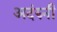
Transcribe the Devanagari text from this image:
अदंरुनी